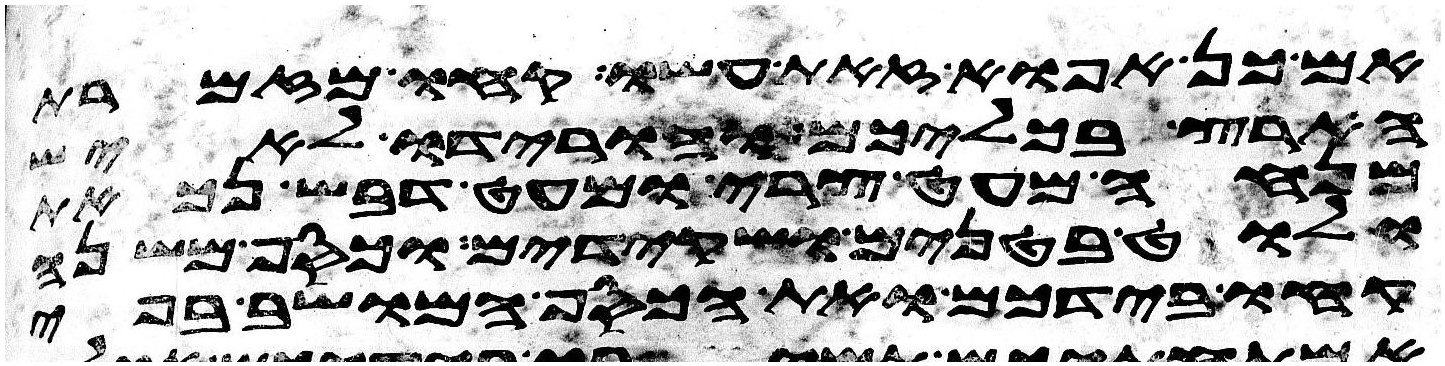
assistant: אם כן אפוא זאת עשו קחו מזמרת
הארץ בכליכם והורידו לאיש
מנחה מעט צרי ומעט דבש נכאת
ולוט בטנים ושקידים וכסף משנה
קחו בידכם ואת הכסף המושב בפי